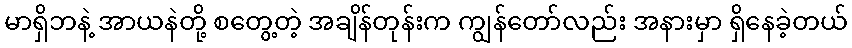
မာရှိဘနဲ့ အာယနဲတို့ စတွေ့တဲ့ အချိန်တုန်းက ကျွန်တော်လည်း အနားမှာ ရှိနေခဲ့တယ်